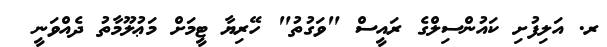
ރ. އަލިފުށި ކައުންސިލްގެ ރައީސް "ވަގުތު" ހޭރިޔާ ޓީމަށް މަޢުލޫމާތު ދެއްވަނީ